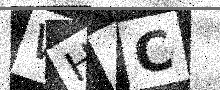
Text: WHAC